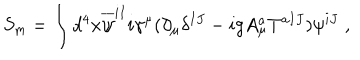
S _ { \mathrm { m } } = \int d ^ { 4 } x \overline { { { \psi } } } ^ { i I } i \gamma ^ { \mu } ( \partial _ { \mu } \delta ^ { I J } - i g A _ { \mu } ^ { a } T ^ { a I J } ) \psi ^ { i J } \; ,